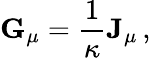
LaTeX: {\mathbf G}_{\mu}={\frac{1}{\kappa}}{\mathbf J}_{\mu}\, ,